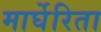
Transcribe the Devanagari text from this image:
मार्घेरिता